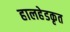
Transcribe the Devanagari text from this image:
हालहेडकृत